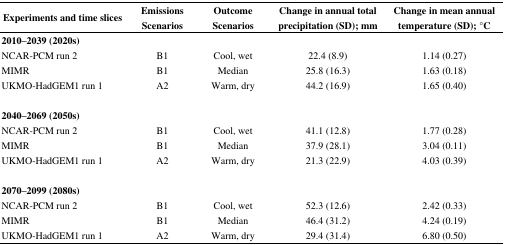
| Experiments and time slices | Emissions Scenarios | Outcome Scenarios | Change in annual total precipitation (SD); mm | Change in mean annual temperature (SD); °C |
 | --- | --- | --- | --- | --- |
 | 2010–2039 (2020s) |  |  |  |  |
 | NCAR-PCM run 2 | B1 | Cool, wet | 22.4 (8.9) | 1.14 (0.27) |
 | MIMR | B1 | Median | 25.8 (16.3) | 1.63 (0.18) |
 | UKMO-HadGEM1 run 1 | A2 | Warm, dry | 44.2 (16.9) | 1.65 (0.40) |
 | 2040–2069 (2050s) |  |  |  |  |
 | NCAR-PCM run 2 | B1 | Cool, wet | 41.1 (12.8) | 1.77 (0.28) |
 | MIMR | B1 | Median | 37.9 (28.1) | 3.04 (0.11) |
 | UKMO-HadGEM1 run 1 | A2 | Warm, dry | 21.3 (22.9) | 4.03 (0.39) |
 | 2070–2099 (2080s) |  |  |  |  |
 | NCAR-PCM run 2 | B1 | Cool, wet | 52.3 (12.6) | 2.42 (0.33) |
 | MIMR | B1 | Median | 46.4 (31.2) | 4.24 (0.19) |
 | UKMO-HadGEM1 run 1 | A2 | Warm, dry | 29.4 (31.4) | 6.80 (0.50) |